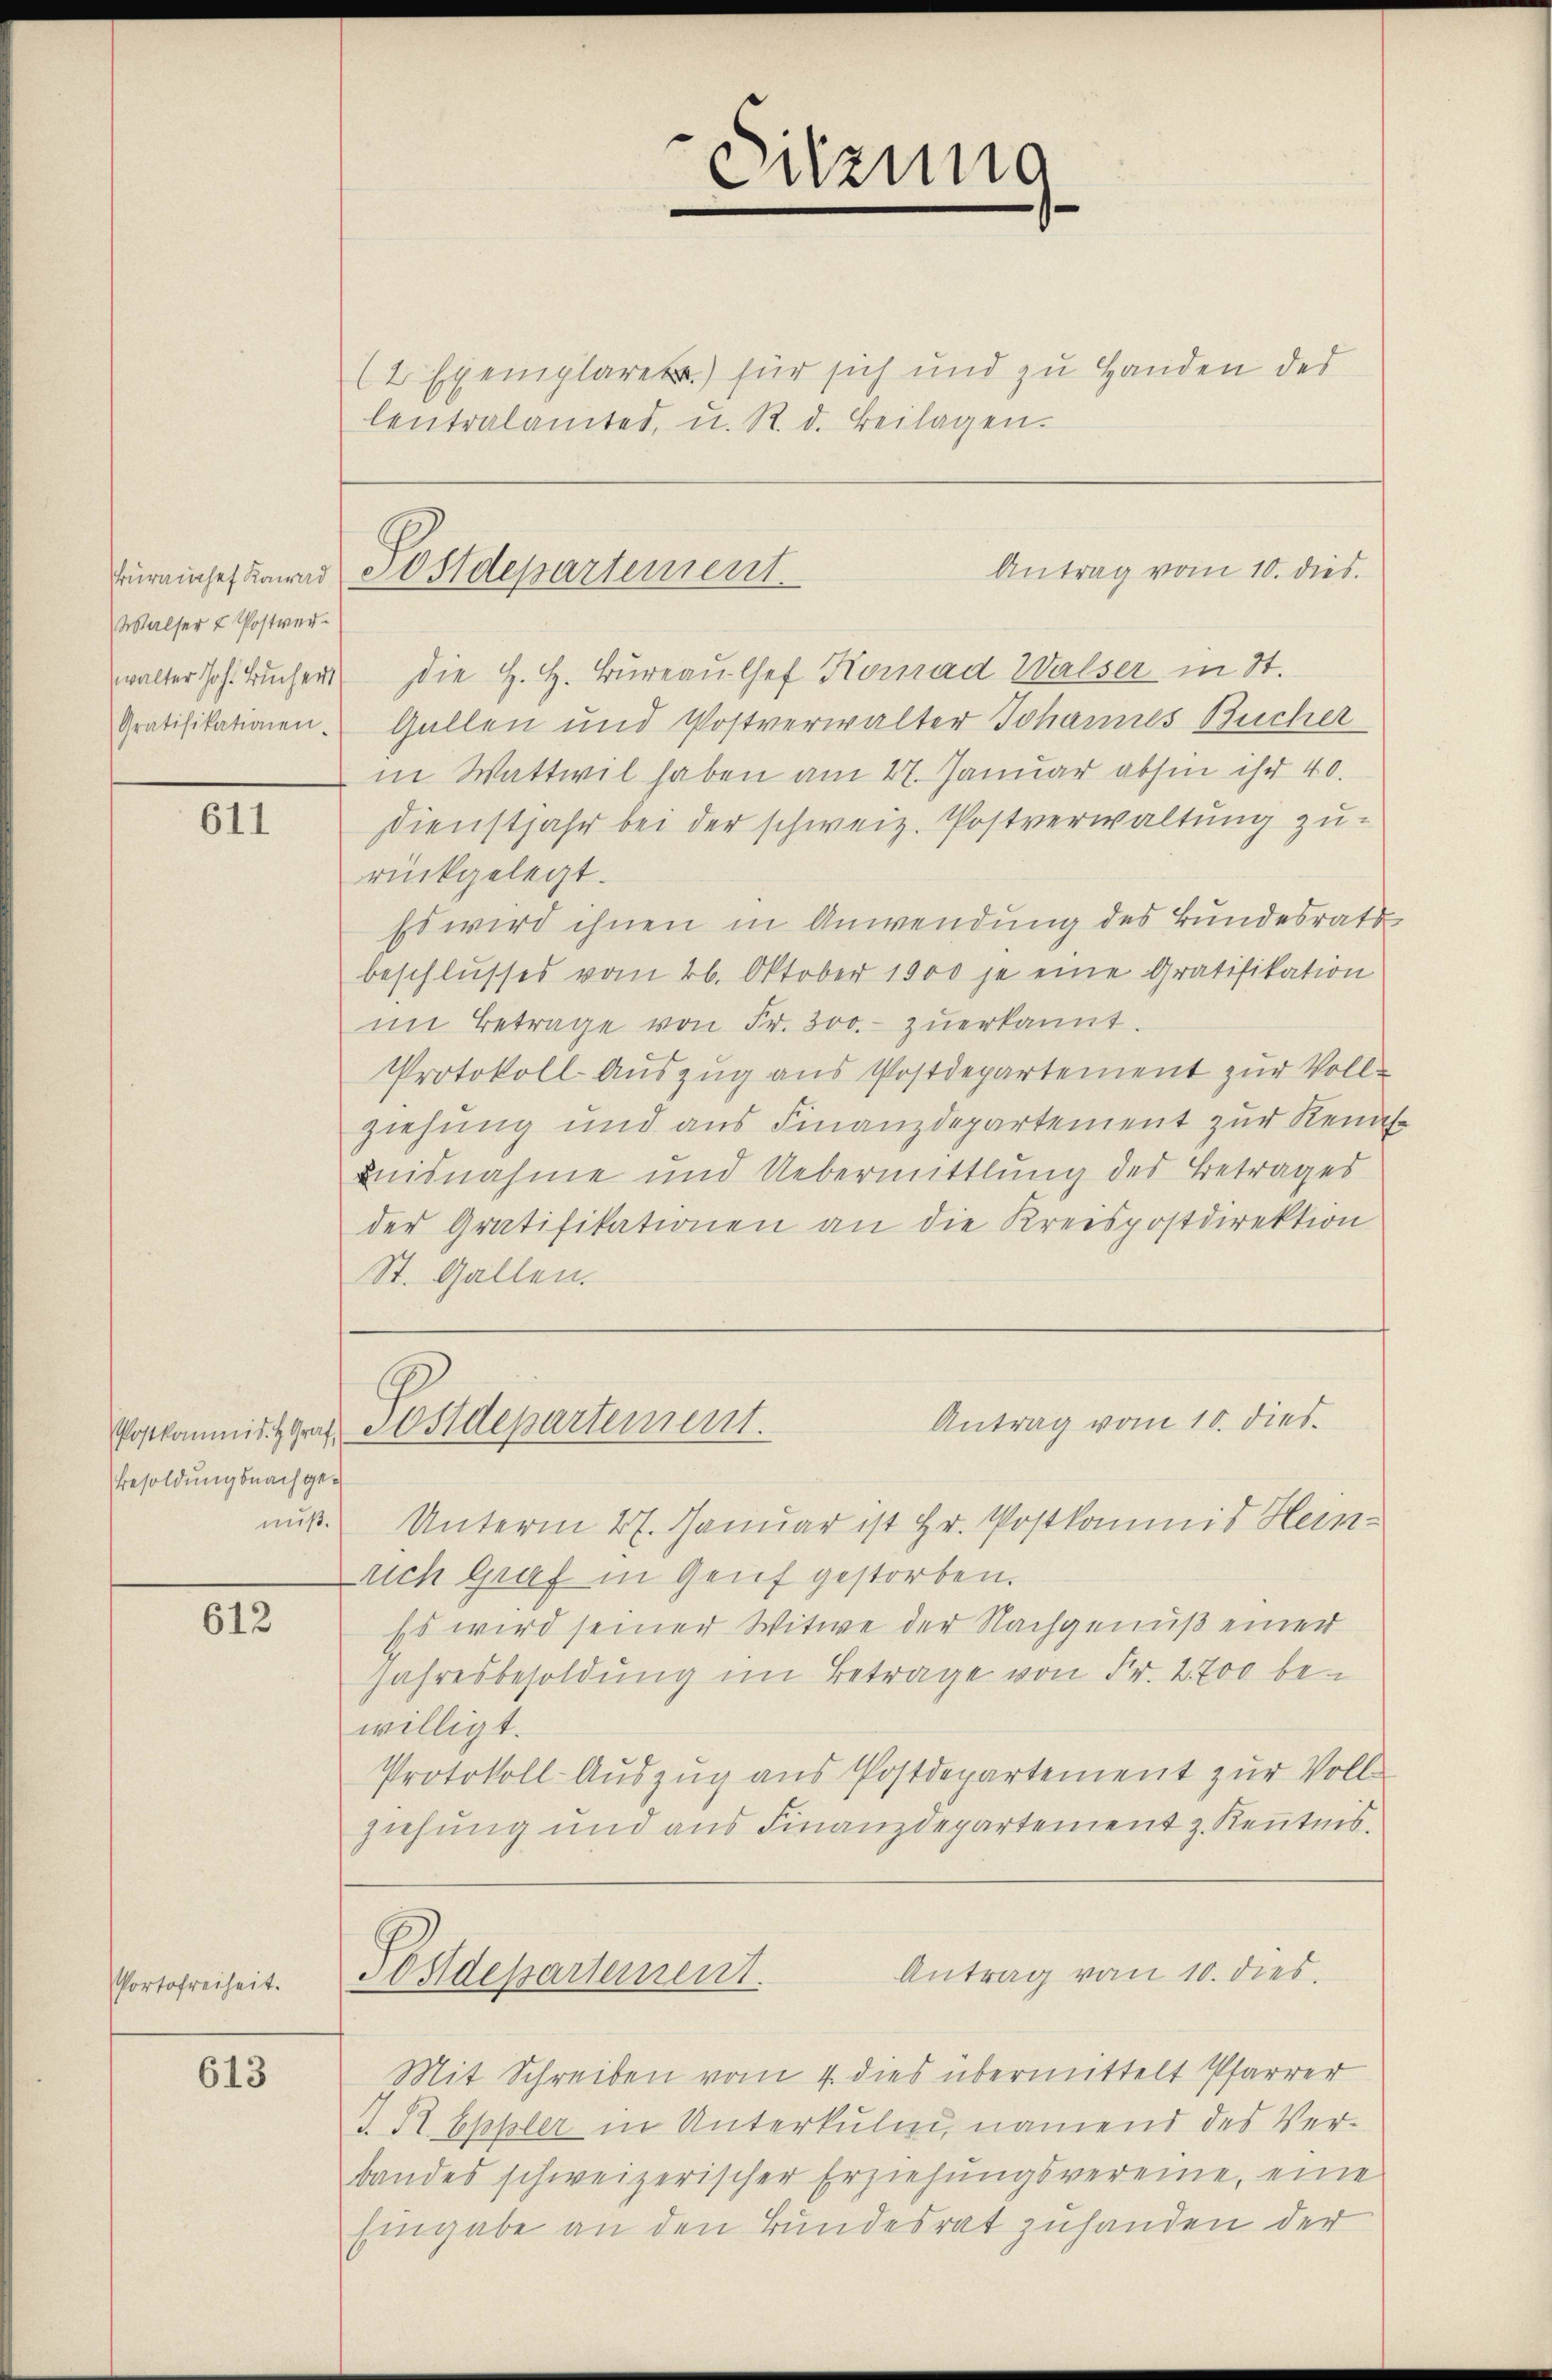
Walser & Postver¬

611

Besoldungsnachgenuß.

612

Portofreiheit.

613

(2 Exemplarer) für sich und zu Handen der
Centralamtes, u. R. d. Beilagen.

füreinsef Kann Postdepartement

Vorkommit der Postdepartement.

Sitzung
.

walter Joh. Bŭcher die H. H. Bureaulsef Konrad Walser in St.
Gratifikationen. Gallen und Postverwalter Johannes Bucher
in Wattwil haben am 27. Januar abhin ihr 40.
Dienstjahr bei der schweiz. Postverwaltung zurückgelegt.
Es wird ihnen in Anwendung des Bundesrats
beschlusses vom 26. Oktober 1900 je eine Gratifikation
im Betrage von Fr. 300.- zŭerkannt.
Protokoll-Auszug aus Postdepartement zur Vollziehung und aus Finanzdepartement zur Kennt-
mitnahme und Uebermittlung des Betrages
der Gratifikationen an die Kreispostdirektion
St. Gallen.

Unterm 27. Januar ist Hr. Postkomit Hein
rich Graf in Genf gestorben.
Es wird seiner Witwe der Nachgenuß einer
Jahresbesoldung im Betrage von Fr. 2700 bewilligt.
Protokoll-Auszug aus Postdepartement zur Vollziehung und aus Finanzdepartement z. Kenntnis.
Antrag vom 10. dies
Postdepartement.
Mit Schreiben vom 4. dies übermittelt Pfarrer
I. R. Eppler in Unterkulm, namend des Verbandes schweizerischer Erziehŭngsvereine, eine
Eingabe an den Bundesrat zuhanden der

Antrag vom 10. dies

Antrag vom 10. dies.